Report on vaccination in Madras 1904-1921 - 1904-1921
Year: 1904
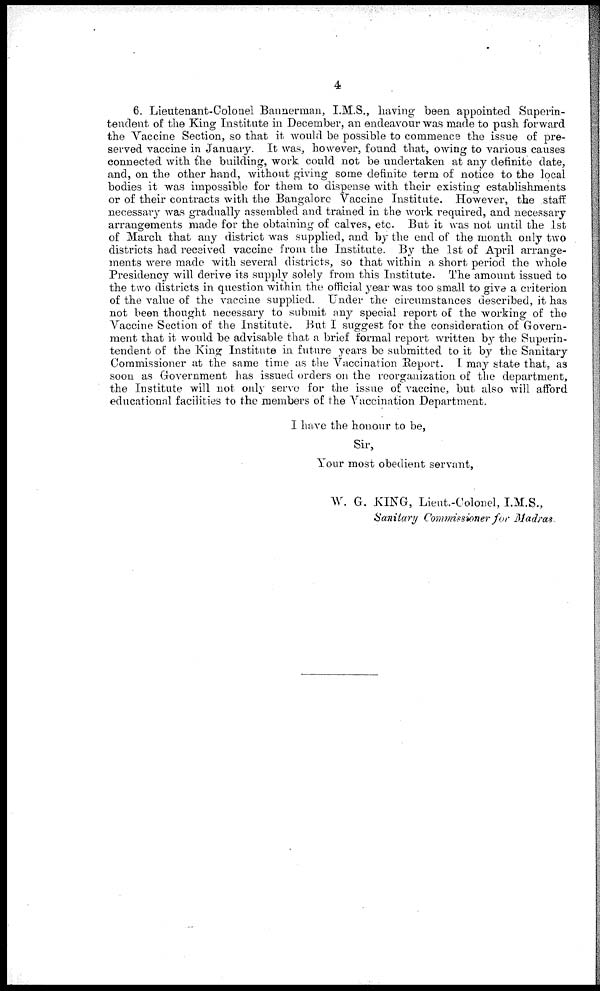
4
6. Lieutenant-Colonel Bannerman, I.M.S., having been appointed Superin-
tendent of the King Institute in December, an endeavour was made to push forward
the Vaccine Section, so that it would be possible to commence the issue of pre-
served vaccine in January. It was, however, found that, owing to various causes
connected with the building, work could not be undertaken at any definite date,
and, on the other hand, without giving some definite term of notice to the local
bodies it was impossible for them to dispense with their existing establishments
or of their contracts with the Bangalore Vaccine Institute. However, the staff
necessary was gradually assembled and trained in the work required, and necessary
arrangements made for the obtaining of calves, etc. But it was not until the 1st
of March that any district was supplied, and by the end of the month only two
districts had received vaccine from the Institute. By the 1st of April arrange-
ments were made with several districts, so that within a short period the whole
Presidency will derive its supply solely from this Institute. The amount issued to
the two districts in question within the official year was too small to give a criterion
of the value of the vaccine supplied. Under the circumstances described, it has
not been thought necessary to submit any special report of the working of the
Vaccine Section of the Institute. But I suggest for the consideration of Govern-
ment that it would be advisable that a brief formal report written by the Superin-
tendent of the King Institute in future years be submitted to it by the Sanitary
Commissioner at the same time as the Vaccination Report. I may state that, as
soon as Government has issued orders on the reorganization of the department,
the Institute will not only serve for the issue of vaccine, but also will afford
educational facilities to the members of the Vaccination Department.
I have the honour to be,
Sir,
Your most obedient servant,
W. G. KING, Lieut-Colonel, I.M.S.,
Sanitary Commissioner for Madras.